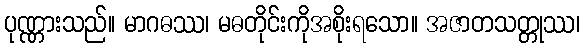
ပုဏ္ဏားသည်။ မာဂဓဿ၊ မဓတိုင်းကိုအစိုးရသော။ အဇာတသတ္တုဿ၊